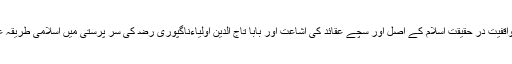
اس وسیع النظری سے واقفیت در حقیقت اسلام کے اصل اور سچے عقائد کی اشاعت اور بابا تاج الدین اولیاءناگپوری ﺭﺿ کی سر پرستی میں اسلامی طریقہ علاج سے شناسائی ہے۔